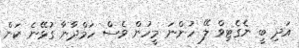
އަދި ބީ ނެގެޓިވް ލޭ ހުންނަ މީހުން ވެސް ހަމްދާނާ ގުޅޭނެ ކަން